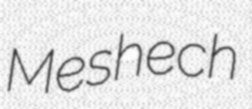
Meshech